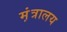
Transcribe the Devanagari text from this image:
म़ंत्रालय